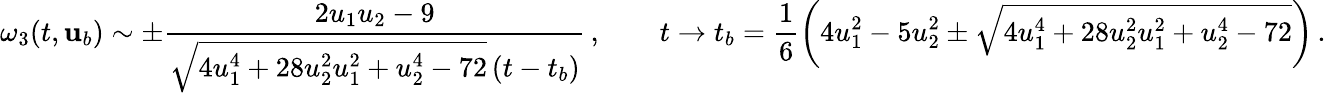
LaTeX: \omega_{3}(t,{\mathbf{u}}_{b})\sim\pm\frac{2u_{1}u_{2}-9}{\sqrt{4u_{1}^{4}+28u_{2}^{2}u_{1}^{2}+u_{2}^{4}-72}\left(t-t_{b}\right)}\, ,\qquad t\to t_{b}=\frac{1}{6}\left(4u_{1}^{2}-5u_{2}^{2}\pm\sqrt{4u_{1}^{4}+28u_{2}^{2}u_{1}^{2}+u_{2}^{4}-72}\right)\, .